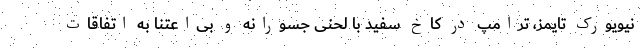
نیویورک تایمز، ترامپ در کاخ سفید با لحنی جسورانه و بی‌اعتنا به اتفاقات